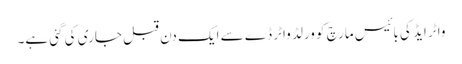
واٹر ایڈ کی بائیس مارچ کو ورلڈ واٹر ڈے سے ایک دن قبل جاری کی گئی ہے۔